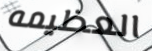
العظيمه